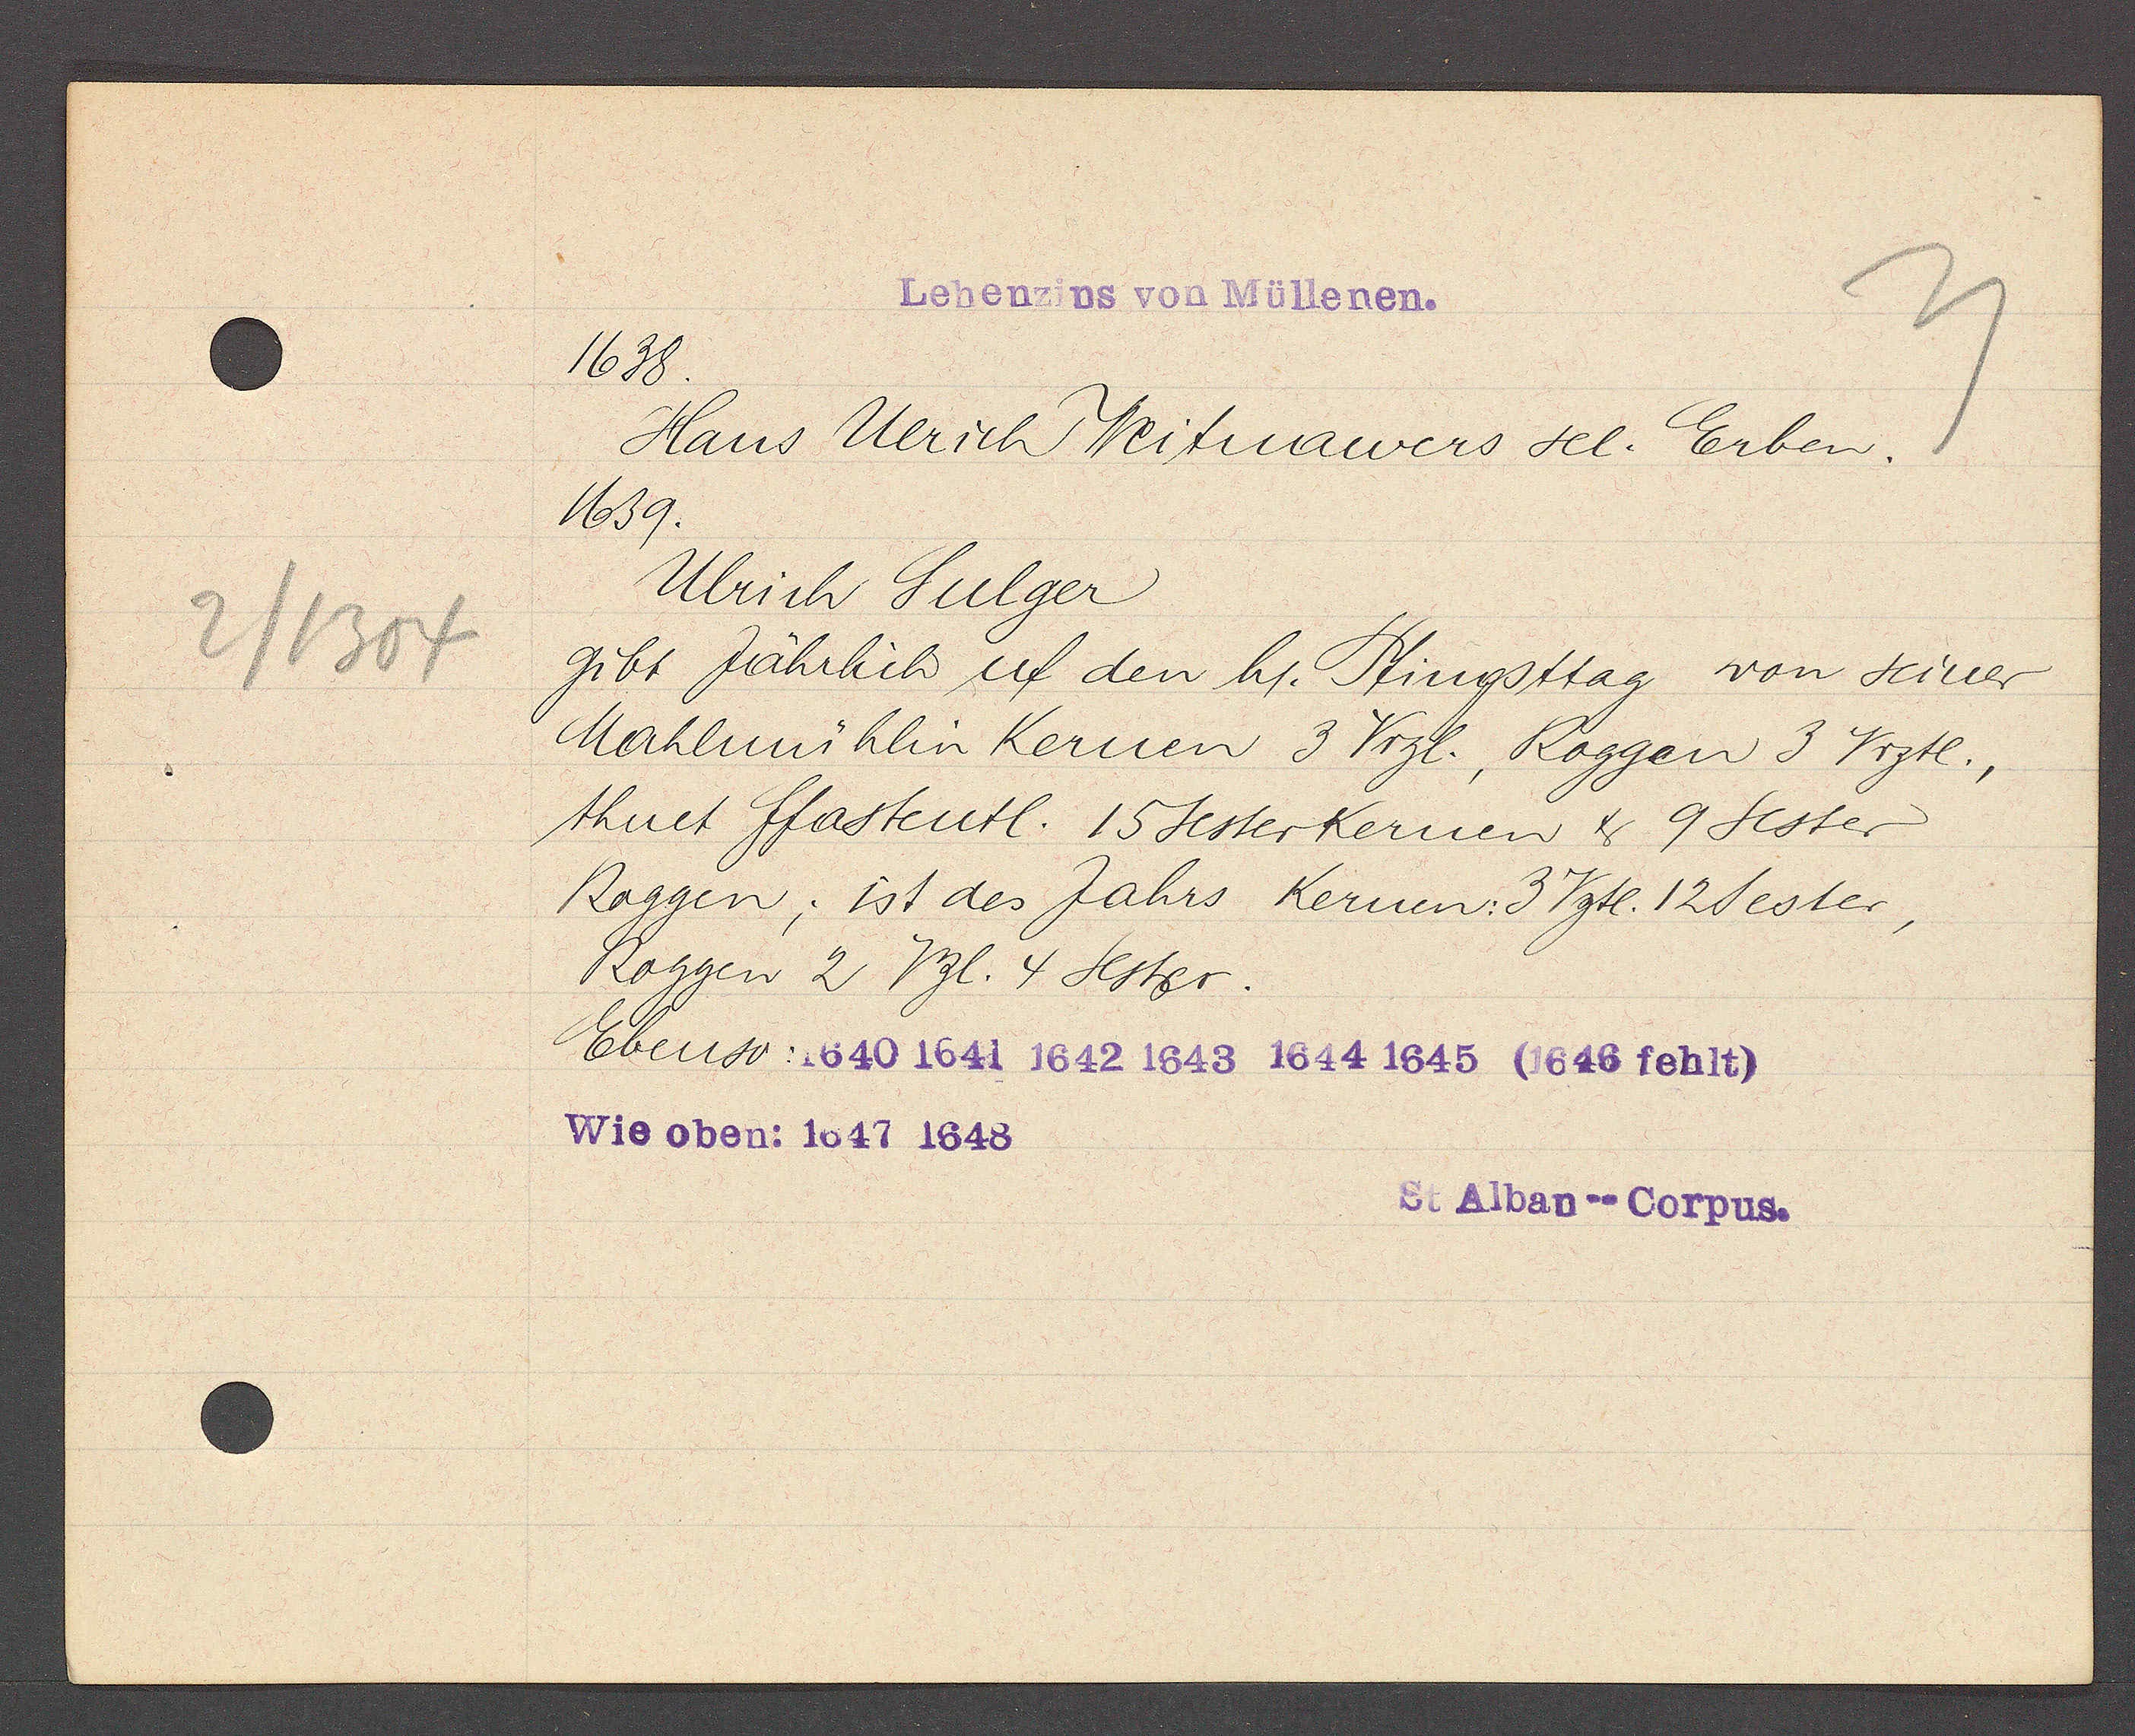
Transcript:
2/1304

Lehenzins von Müllenen.

1638.
Hans Ulrich Weitnawers sel. Erben.
1639.
Ulrich Sulger
gibt Jährlich uf den hl. Pfingsttag von seiner
Mahlmühlin Kernen 3 Vrzl, Roggen 3 Vrztl.,
thuet ffastentl. 15 sester kernen & 9 Sester
Roggen; ist des Jahrs Kernen: 3 Vztl. 12 Sester,
Roggen 2 Vzl. 4 Sester.
Ebenso: 1640 1641 1642 1643 1644 1645 (1646 fehlt)
Wie oben: 1647 1648

St Alban--Corpus.